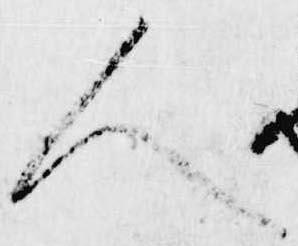
人